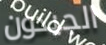
الجيدون